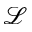
\mathscr { L }